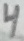
Text: 4